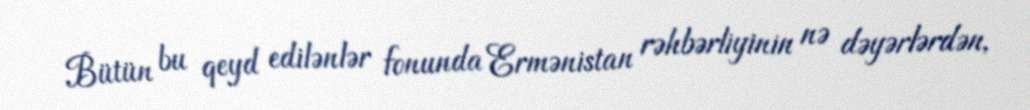
Bütün bu qeyd edilənlər fonunda Ermənistan rəhbərliyinin nə dəyərlərdən,